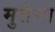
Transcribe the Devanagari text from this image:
मुत्तेमा